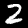
Digit: 2